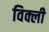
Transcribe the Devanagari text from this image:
विक्ली